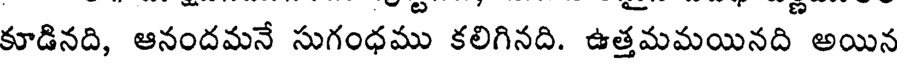
కూడినది, ఆనందమనే సుగంధము కలిగినది. ఉత్తమమయినది అయిన